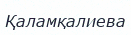
Қаламқалиева